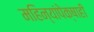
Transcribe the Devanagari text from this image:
महिन्यांपेक्षाही